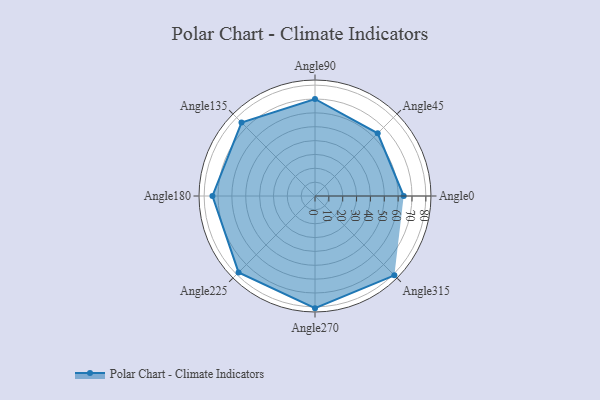
{"axis": {"x": "Angle", "y": "Radius"}, "legend": [""], "data": [{"x": "Angle0", "y": 64.0, "type": ""}, {"x": "Angle45", "y": 64.0, "type": ""}, {"x": "Angle90", "y": 70.0, "type": ""}, {"x": "Angle135", "y": 75.0, "type": ""}, {"x": "Angle180", "y": 74.0, "type": ""}, {"x": "Angle225", "y": 78.0, "type": ""}, {"x": "Angle270", "y": 81.0, "type": ""}, {"x": "Angle315", "y": 81.0, "type": ""}]}